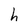
Character: h